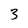
Character: 3